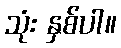
သုံး နှစ်ပါ။